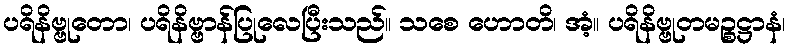
ပရိနိဗ္ဗုတော၊ ပရိနိဗ္ဗာန်ပြုလေပြီးသည်။ သစေ ဟောတိ၊ အံ့။ ပရိနိဗ္ဗုတမဉ္စဋ္ဌာနံ၊